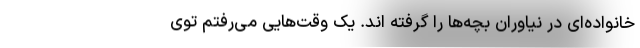
خانواده‌ای در نیاوران بچه‌ها را گرفته اند. یک وقت‌هایی می‌رفتم توی